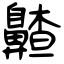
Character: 齄